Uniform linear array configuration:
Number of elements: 24
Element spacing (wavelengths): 1
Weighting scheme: uniform
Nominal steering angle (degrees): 30
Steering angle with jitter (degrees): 30.774
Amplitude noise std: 0.05
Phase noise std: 0.05

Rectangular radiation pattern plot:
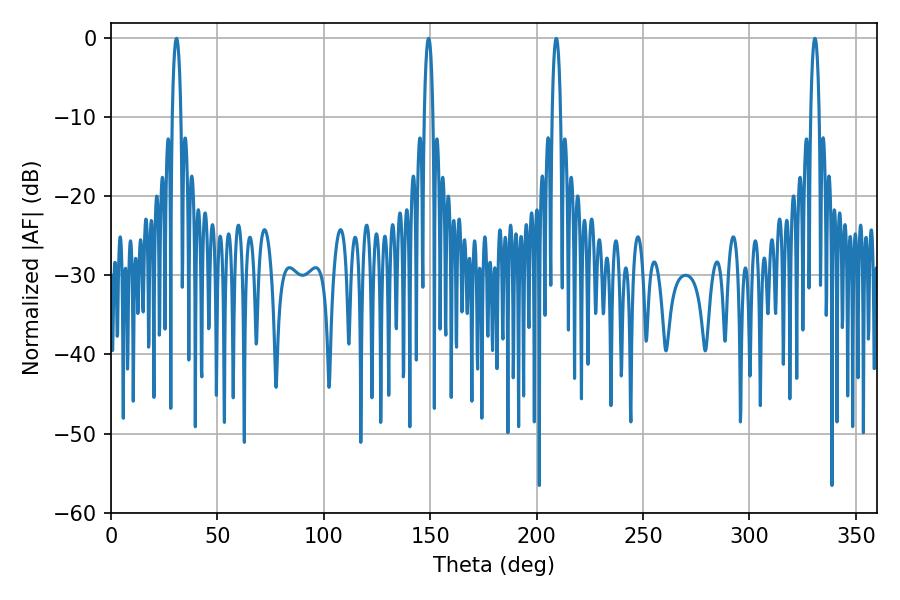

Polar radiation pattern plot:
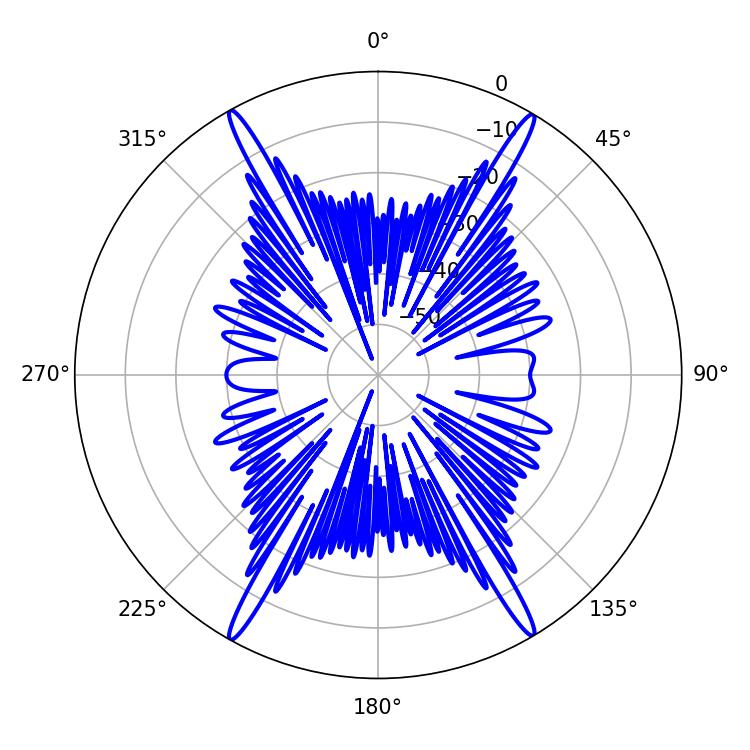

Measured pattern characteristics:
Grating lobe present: TRUE
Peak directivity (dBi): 27.548
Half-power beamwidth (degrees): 2.16
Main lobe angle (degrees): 30.78